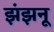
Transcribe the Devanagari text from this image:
झंझनू